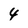
Character: 4